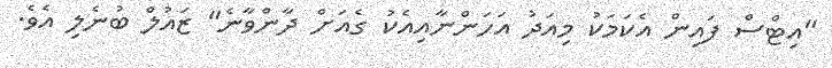
"އިޓްސް ފައިން އެކަމަކު މިއަދު އަހަންނާއިއެކު ގެއަށް ދާންވާނެ" ޒައުލް ބުނެލި އެވެ.